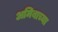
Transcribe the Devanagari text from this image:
अमिबाच्या